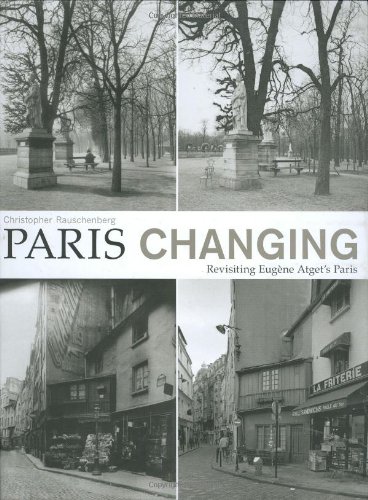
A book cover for Paris Changing: Revisiting EugÃ¨ne Atget's Paris; Christopher Rauschenberg; Arts & Photography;